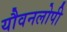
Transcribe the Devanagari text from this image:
यौवनलोपी